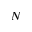
_ N